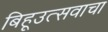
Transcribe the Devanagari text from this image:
बिहूउत्सवाचा